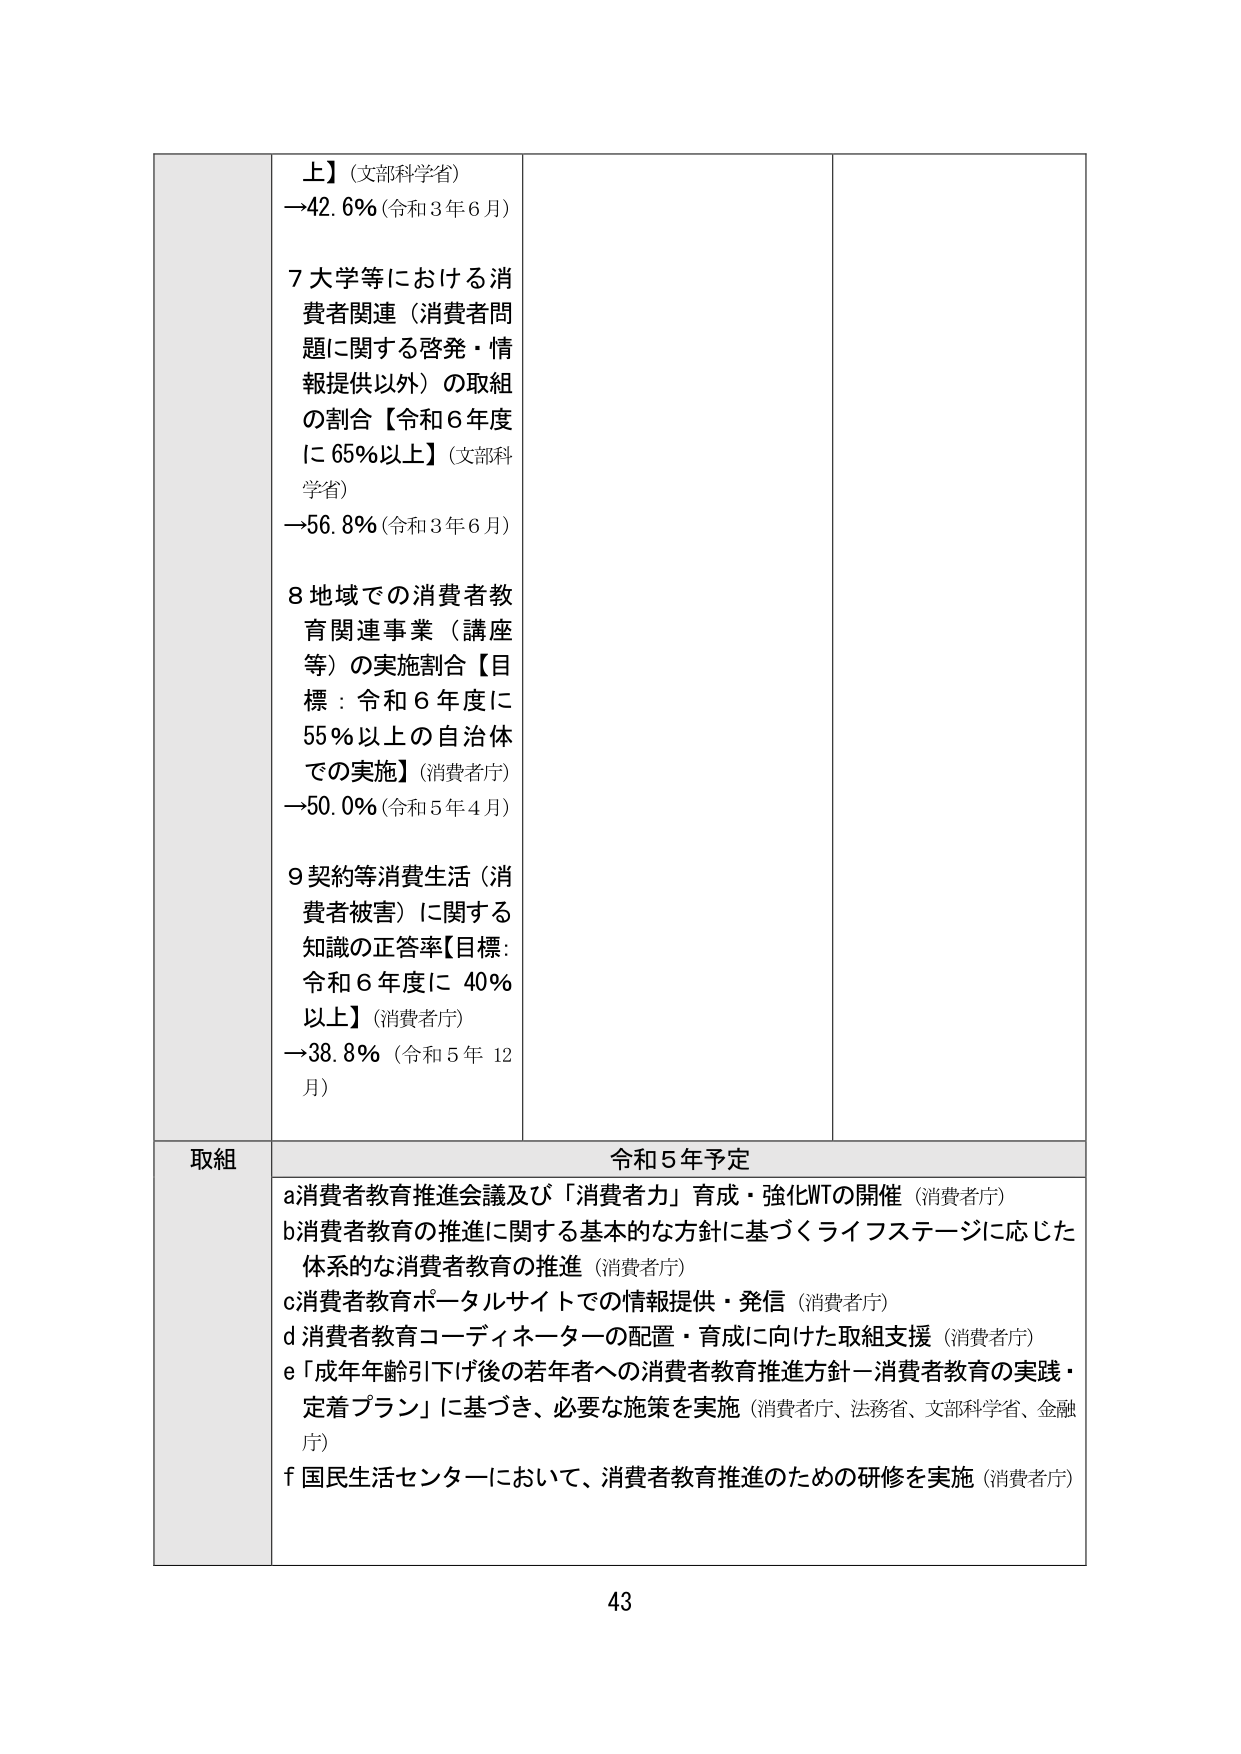
上】（文部科学省）
→42.6%（令和3年6月）

7 大学等における消費者関連（消費者問題に関する啓発・情報提供以外）の取組の割合【令和6年度に65%以上】（文部科学省）
→56.8%（令和3年6月）

8 地域での消費者教育関連事業（講座等）の実施割合【目標：令和6年度に55%以上の自治体での実施】（消費者庁）
→50.0%（令和5年4月）

9 契約等消費生活（消費者被害）に関する知識の正答率【目標：令和6年度に40%以上】（消費者庁）
→38.8%（令和5年12月）

取組
令和5年予定

a 消費者教育推進会議及び「消費者力」育成・強化WTの開催（消費者庁）
b 消費者教育の推進に関する基本的な方針に基づくライフステージに応じた体系的な消費者教育の推進（消費者庁）
c 消費者教育ポータルサイトでの情報提供・発信（消費者庁）
d 消費者教育コーディネーターの配置・育成に向けた取組支援（消費者庁）
e 「成年年齢引下げ後の若年者への消費者教育推進方針－消費者教育の実践・定着プラン」に基づき、必要な施策を実施（消費者庁、法務省、文部科学省、金融庁）
f 国民生活センターにおいて、消費者教育推進のための研修を実施（消費者庁）

43